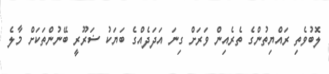
ލޮބުވެތި ރައްޔިތުންގެ ތެރެއިން ވަރަށް ގިނަ އަދަދެއްގެ ބަޔަކު ޟަރޫރީ ބޭނުންތަކަށް މާލެ